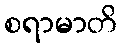
စရာမာတိ